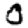
Digit: 0